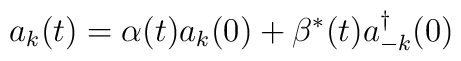
a_k(t)=\alpha (t)a_k(0)+\beta ^{*}(t)a_{-k}^{\dagger }(0)